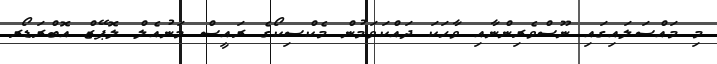
މި މައްސަލައިގައި ނޫސްވެރިންނާއި ވާހަކަ ދައްކަވަމުން މެކްސިކޯގެ ރައީސް މަނުއެލް ލޮޕޭޒް އޮބްރަޑޯރ